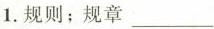
1.规则；规章___